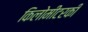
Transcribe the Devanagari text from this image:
किलोमीटरकी